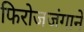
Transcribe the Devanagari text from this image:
फिरोजजंगाने